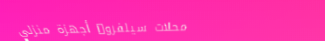
محلات سيلفرو: أجهزة منزلي